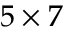
5 \times 7